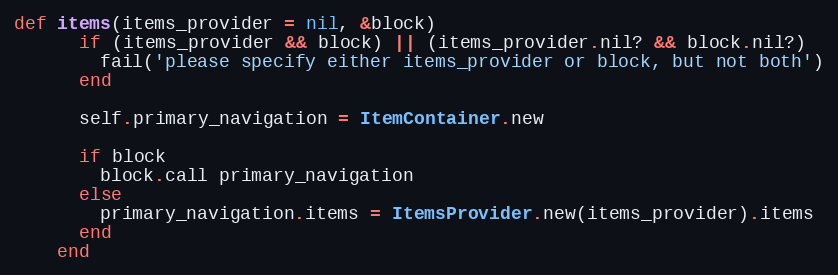
Language: Ruby
def items(items_provider = nil, &block)
      if (items_provider && block) || (items_provider.nil? && block.nil?)
        fail('please specify either items_provider or block, but not both')
      end

      self.primary_navigation = ItemContainer.new

      if block
        block.call primary_navigation
      else
        primary_navigation.items = ItemsProvider.new(items_provider).items
      end
    end